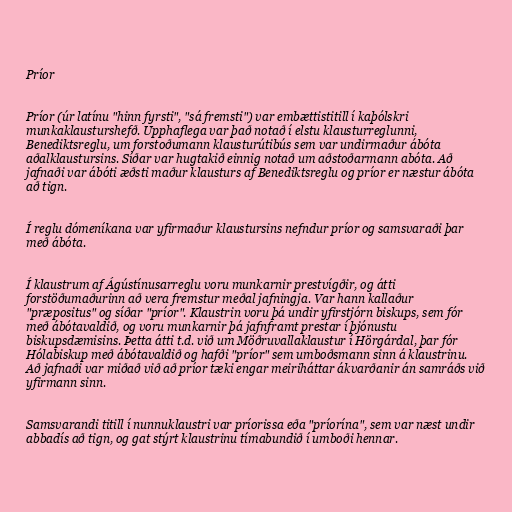
Príor

Príor (úr latínu "hinn fyrsti", "sá fremsti") var embættistitill í kaþólskri
munkaklausturshefð. Upphaflega var það notað í elstu klausturreglunni,
Benediktsreglu, um forstoðumann klausturútibús sem var undirmaður ábóta
aðalklaustursins. Síðar var hugtakið einnig notað um aðstoðarmann abóta. Að
jafnaði var ábóti æðsti maður klausturs af Benediktsreglu og príor er næstur ábóta
að tign.

Í reglu dómeníkana var yfirmaður klaustursins nefndur príor og samsvaraði þar
með ábóta.

Í klaustrum af Ágústínusarreglu voru munkarnir prestvígðir, og átti
forstöðumaðurinn að vera fremstur meðal jafningja. Var hann kallaður
"præpositus" og síðar "príor". Klaustrin voru þá undir yfirstjórn biskups, sem fór
með ábótavaldið, og voru munkarnir þá jafnframt prestar í þjónustu
biskupsdæmisins. Þetta átti t.d. við um Möðruvallaklaustur í Hörgárdal, þar fór
Hólabiskup með ábótavaldið og hafði "príor" sem umboðsmann sinn á klaustrinu.
Að jafnaði var miðað við að príor tæki engar meiriháttar ákvarðanir án samráðs við
yfirmann sinn.

Samsvarandi titill í nunnuklaustri var príorissa eða "príorína", sem var næst undir
abbadís að tign, og gat stýrt klaustrinu tímabundið í umboði hennar.